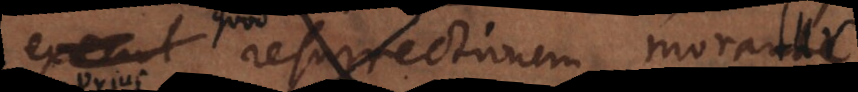
ipsam resurrectionem moratur